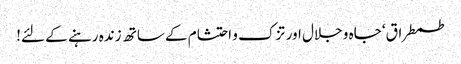
طمطراق‘ جاہ و جلال اور تزک و احتشام کے ساتھ زندہ رہنے کے لئے!